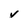
Character: V